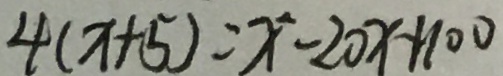
4 ( x + 5 ) = x ^ { 2 } - 2 0 x + 1 0 0